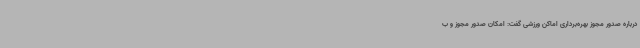
درباره صدور مجوز بهره‌برداری اماکن ورزشی گفت: امکان صدور مجوز و ب